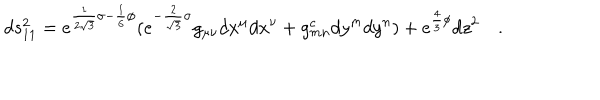
d s _ { 1 1 } ^ { 2 } = e ^ { \frac { 1 } { 2 \sqrt { 3 } } \sigma - \frac { 1 } { 6 } \phi } ( e ^ { - \frac { 2 } { \sqrt { 3 } } \sigma } g _ { \mu \nu } d x ^ { \mu } d x ^ { \nu } + g _ { m n } ^ { c } d y ^ { m } d y ^ { n } ) + e ^ { \frac { 4 } { 3 } \phi } d z ^ { 2 } \quad .